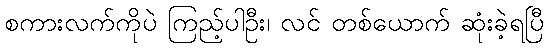
စကားလက်ကိုပဲ ကြည့်ပါဦး၊ လင် တစ်ယောက် ဆုံးခဲ့ရပြီ